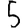
Digit: 5